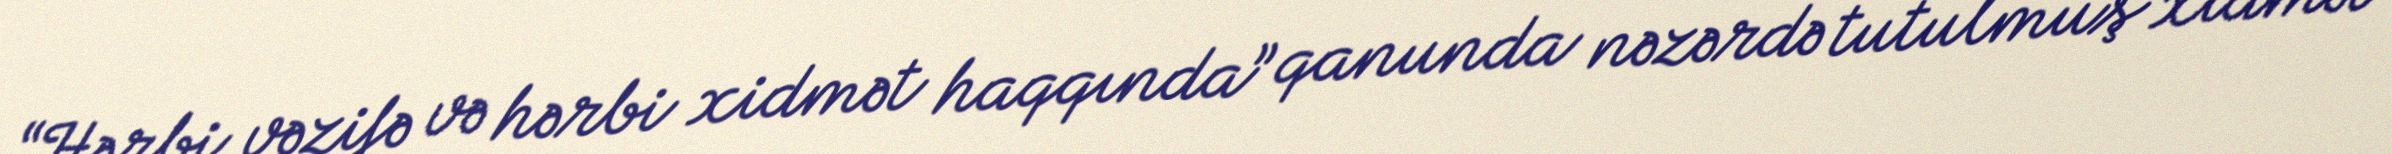
“Hərbi vəzifə və hərbi xidmət haqqında” qanunda nəzərdə tutulmuş xidmət